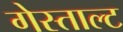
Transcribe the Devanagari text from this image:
गेस्ताल्ट